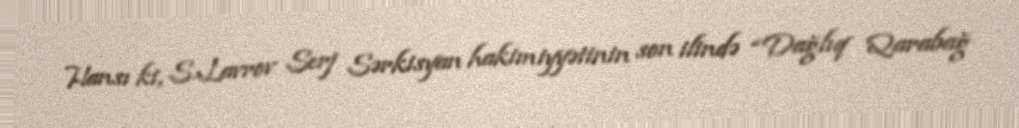
Hansı ki, S.Lavrov Serj Sərkisyan hakimiyyətinin son ilində “Dağlıq Qarabağ